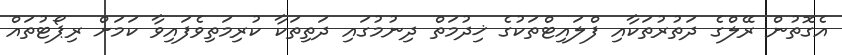
އެގޮތުން ރޭލްގެ ދަތުރުތަކާއި ފްލައިޓްތަކުގެ ޚިދުމަތް ދިނުމުގައި ދަތިތަކާ ކުރިމަތިވެފައިވާ ކަމަށް ރިޕޯޓުތައް